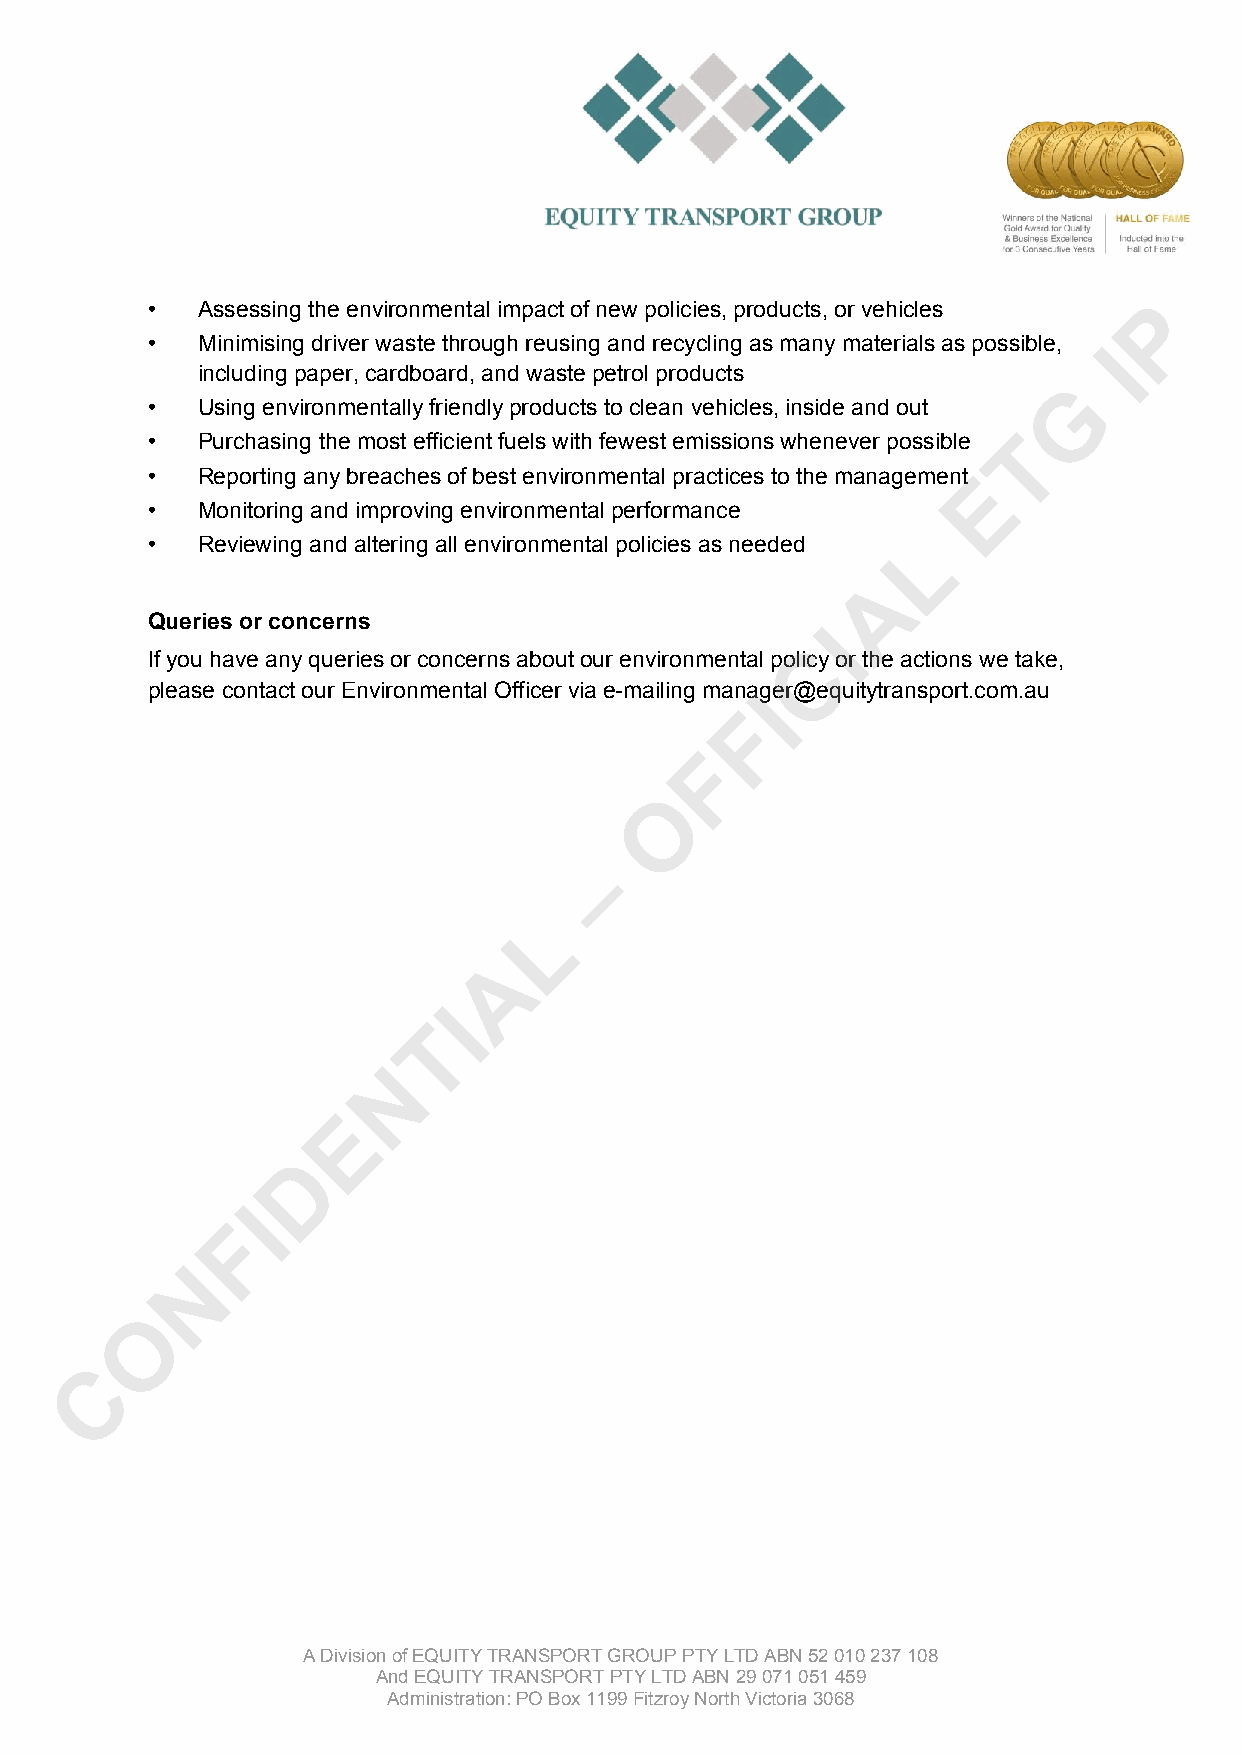
•  Assessing the environmental impact of new policies, products, or vehicles P
 •  Minimising driver waste through reusing and recycling as many materials as possible, I
 including paper, cardboard, and waste petrol products
 G
 •  Using environmentally friendly products to clean vehicles, inside and out
 •  Purchasing the most efficient fuels with fewest emissions whenever possible T
 •  Reporting any breaches of best environmental practices to the managementE
 •  Monitoring and improving environmental performance
 •  Reviewing and altering all environmental policies as needed L
 A
 Queries or concerns
 I
 C
 If you have any queries or concerns about our environmental policy or the actions we take,
 please contact our Environmental Officer via e-mailing manaIger@equitytransport.com.au
 F
 F
 O
 –
 L
 A
 I
 T
 N
 E
 D
 I
 F
 N
 O
 C
 A Division of EQUITY TRANSPORT GROUP PTY LTD ABN 52 010 237 108
 And EQUITY TRANSPORT PTY LTD ABN 29 071 051 459
 Administration: PO Box 1199 Fitzroy North Victoria 3068